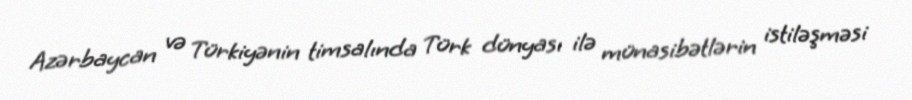
Azərbaycan və Türkiyənin timsalında Türk dünyası ilə münasibətlərin istiləşməsi